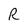
Character: R